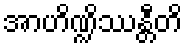
အာဟိဏ္ဍိဿန္တီတိ